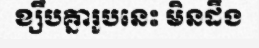
ខ្សឹបគ្នារូបនេះ មិនដឹង